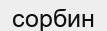
сорбин